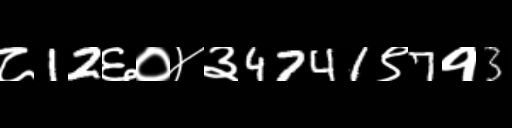
Text: ८12६०४३4741९7१3